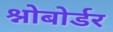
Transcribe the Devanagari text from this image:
श्नोबोर्डर